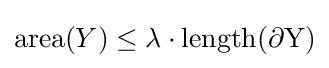
\operatorname {area} (Y)\leq \lambda \cdot \operatorname {length(\partial Y)}